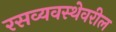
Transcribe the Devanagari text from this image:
रसव्यवस्थेवरील